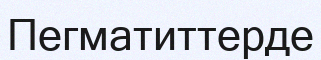
Пегматиттерде